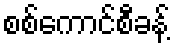
စစ်ကောင်စီခန့်